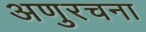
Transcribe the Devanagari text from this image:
अणुरचना